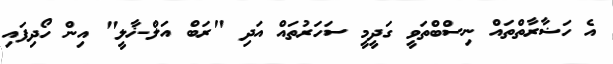
އެ ހަޟާރާތްތައް ނިސްބްތަވީ ގަދީމީ ސަހަރުތައް އަދި "ރަބް އަލް-ޚާލީ" އިން ހޯދިފައި